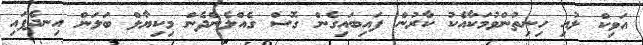
އަވިކް ލުއި ހިނިތުންވުމަކާއެކު ކާރުން ފައިބައިގެން ގޮސް ގެއްލެންދެން މިކިޔާލް ބަލަން އިނދެފައި